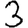
Digit: 3